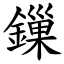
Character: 鏁